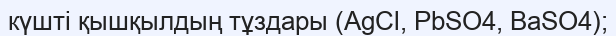
күшті қышқылдың тұздары (AgCl, PbSO4, BaSO4);